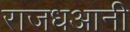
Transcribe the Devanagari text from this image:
राजधआनी